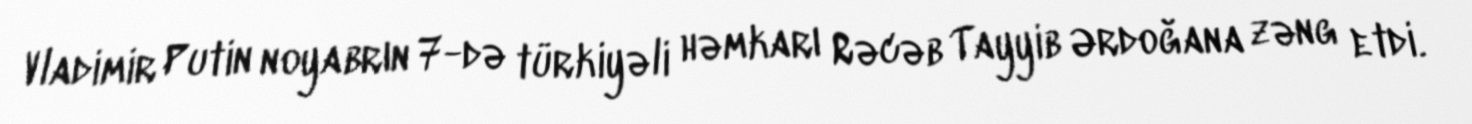
Vladimir Putin noyabrın 7-də türkiyəli həmkarı Rəcəb Tayyib Ərdoğana zəng etdi.